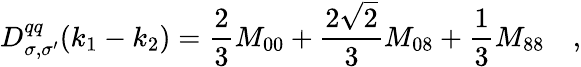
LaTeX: D_{\sigma,\sigma^{\prime}}^{qq}(k_{1}-k_{2})=\frac 23M_{00}+\frac{2\sqrt 2}3M_{08}+\frac 13M_{88}\quad,